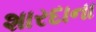
શારદાના